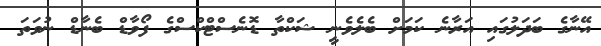
އޭނާގެ ބަދަލުގައި އަރާނެ ކަމަށް ބެލެވެނީ ޝަކްތާ ޑޮނެސްޓްކްސްގެ ފޯވާޑް ބެނާޑް ނުވަތަ